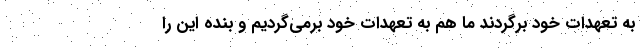
به تعهدات خود برگردند ما هم به تعهدات خود برمی‌گردیم و بنده این را